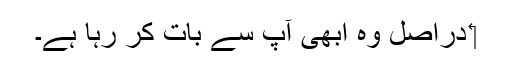
‏ دراصل وہ ابھی آپ سے بات کر رہا ہے۔